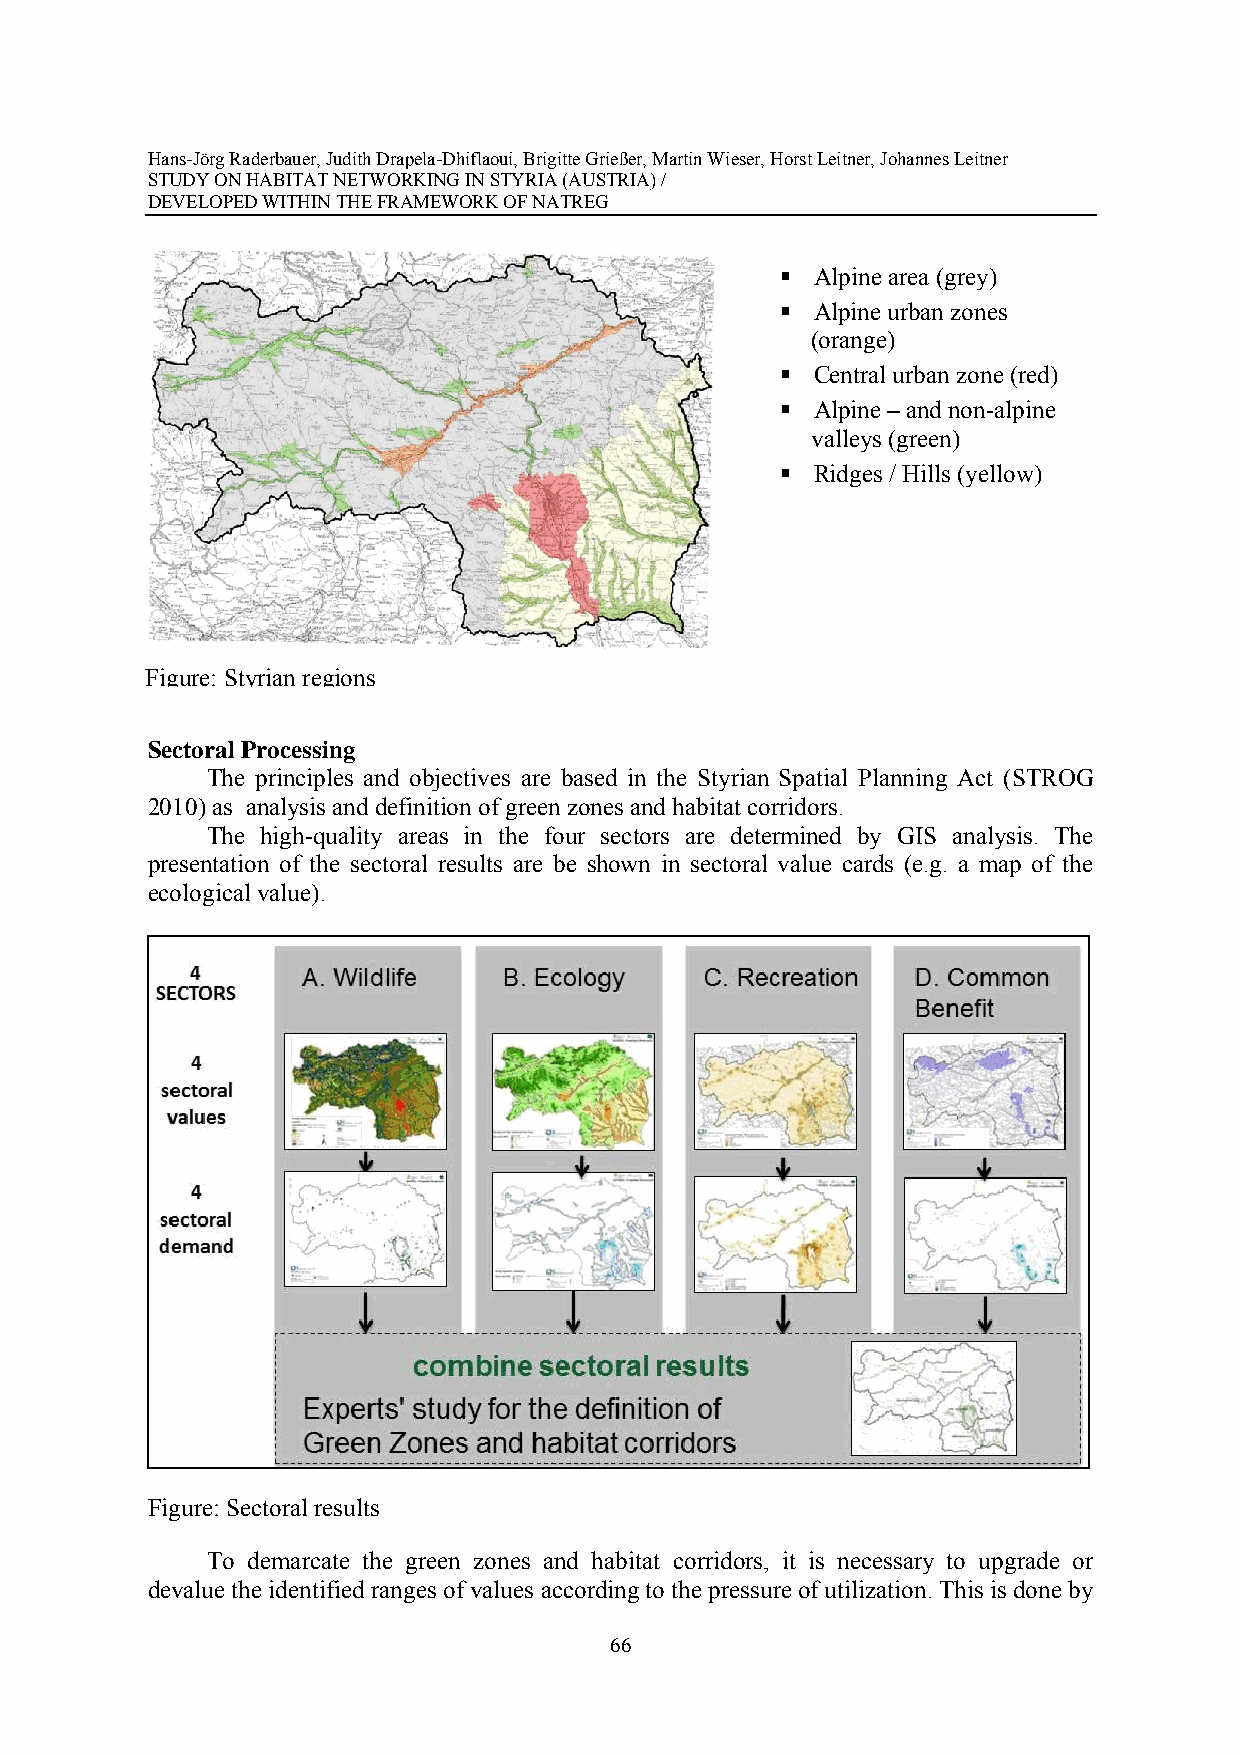
Hans-Jörg Raderbauer, Judith Drapela-Dhiflaoui, Brigitte Grießer, Martin Wieser, Horst Leitner, Johannes Leitner
 STUDY ON HABITAT NETWORKING IN STYRIA (AUSTRIA) /
 DEVELOPED WITHIN THE FRAMEWORK OF NATREG
  Alpine area (grey)
  Alpine urban zones
 (orange)
  Central urban zone (red)
  Alpine – and non-alpine
 valleys (green)
  Ridges / Hills (yellow)
 Figure: Styrian regions
 Sectoral Processing
 The principles and objectives are based in the Styrian Spatial Planning Act (STROG
 2010) as analysis and definition of green zones and habitat corridors.
 The high-quality areas in the four sectors are determined by GIS analysis. The
 presentation of the sectoral results are be shown in sectoral value cards (e.g. a map of the
 ecological value).
 Figure: Sectoral results
 To demarcate the green zones and habitat corridors, it is necessary to upgrade or
 devalue the identified ranges of values according to the pressure of utilization. This is done by
 66